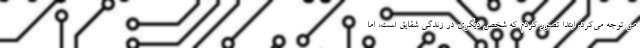
من توجه می‌کرد. ابتدا تصور کردم که شخص دیگری در زندگی شقایق است، اما